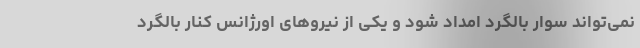
نمی‌تواند سوار بالگرد امداد شود و یکی از نیروهای اورژانس کنار بالگرد